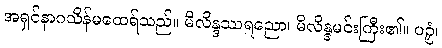
အရှင်နာဂသိန်မထေရ်သည်။ မိလိန္ဒဿရညော၊ မိလိန္ဒမင်းကြီး၏။ ပဉှံ၊